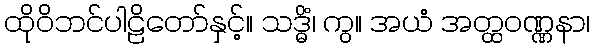
ထိုဝိဘင်ပါဠိတော်နှင့်။ သဒ္ဓိံ၊ ကွ။ အယံ အတ္ထဝဏ္ဏနာ၊